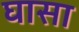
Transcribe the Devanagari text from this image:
घासा